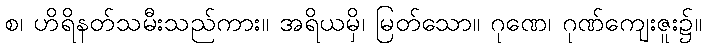
စ၊ ဟိရိနတ်သမီးသည်ကား။ အရိယမှိ၊ မြတ်သော။ ဂုဏေ၊ ဂုဏ်ကျေးဇူး၌။